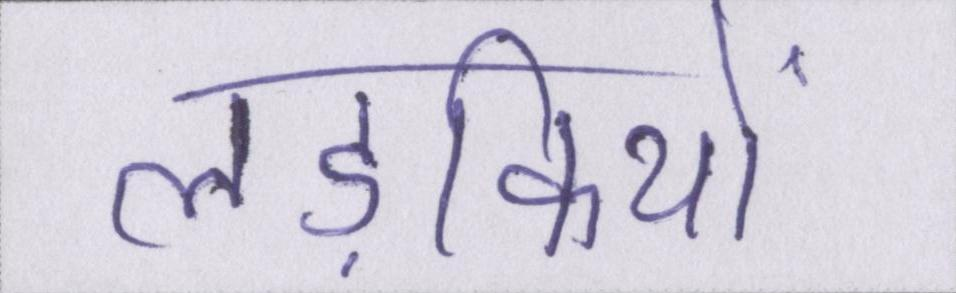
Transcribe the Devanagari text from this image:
लड़कियों